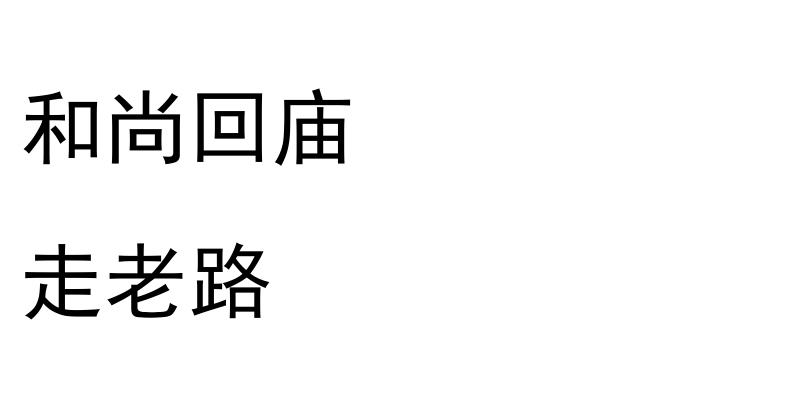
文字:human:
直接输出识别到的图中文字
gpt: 和尚回庙 走老路